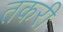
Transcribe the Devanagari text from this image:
तकरी